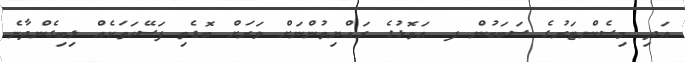
އަދި މިސެންޓަރުގެ ސަބަބުން ފ އަތޮޅުގެ ރައްޔިތުންނަށް ވަރަށް ބޮޑެތި ފަސޭހަތަކެއް ލިބިގެންދާނެ